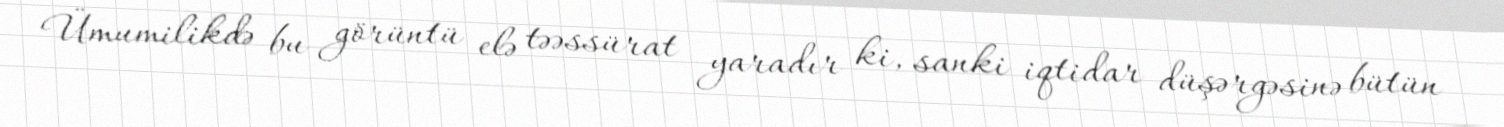
Ümumilikdə bu görüntü elə təəssürat yaradır ki, sanki iqtidar düşərgəsinə bütün